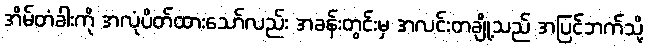
အိမ်တံခါးကို အလုံပိတ်ထားသော်လည်း အခန်းတွင်းမှ အလင်းတချို့သည် အပြင်ဘက်သို့